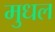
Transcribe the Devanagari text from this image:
मुधल